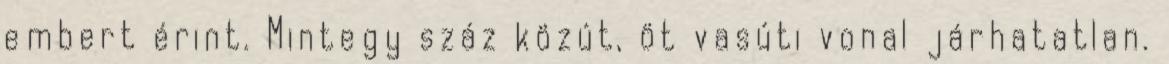
embert érint. Mintegy száz közút, öt vasúti vonal járhatatlan.